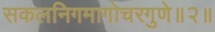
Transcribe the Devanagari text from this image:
सकलनिगमागोचरगुणे॥२॥